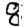
Digit: 8